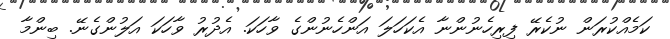
ކަމެއްކުރަން ނުކެރޭ ފިރިހެނުންނާ އެކަހަލަ އަންހެނުންގެ ވާހަކަ. އެދުރު ވާހަކަ އަލުންގެނޭ. ބިންމާ